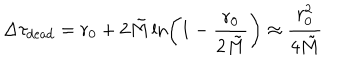
\Delta \tau _ { \mathrm { d e a d } } = r _ { 0 } + 2 \tilde { M } \ln \left( 1 - \frac { r _ { 0 } } { 2 \tilde { M } } \right) \approx \frac { r _ { 0 } ^ { 2 } } { 4 \tilde { M } }